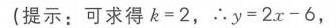
(提示：可求得 \(k = 2\)，\(\therefore y = 2x - 6\)，